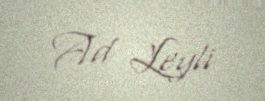
Ad Leyli